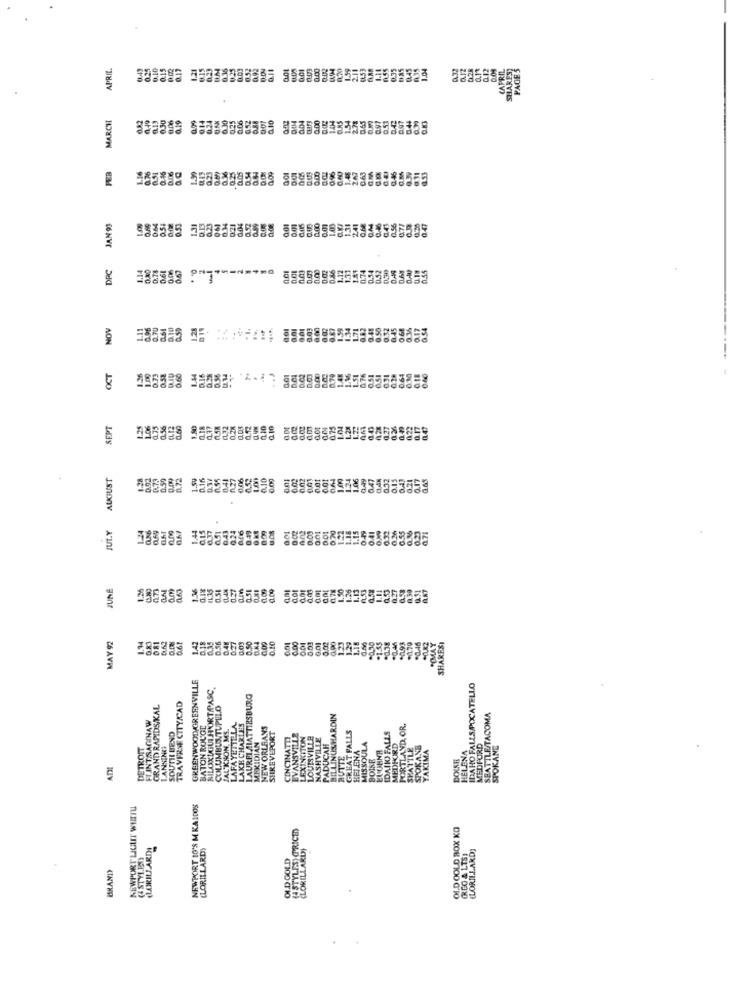
APRIL.
1.21
0.15
D.ON
001
0.02
2.11
1.04
0.17
MARCH
6.30
1.44
1.54
275
0.97
0.19
0.25
604
OURS
Q.83
0.54
PER
0.23
0.25
2
JAN9S
131
001
B85
DPC
0.75
0.06
0.67
0.01
0.55
NOV
1.28
--
ani
OCT
D7
0.58
0.60
0.56
0.02
0.76
ASI
031
064
SEPT
0.56
0.10
075
L28
0.27
AUGUST
0.02
0.39
0.72
1.50
1,16
841
0,06
0.10
6.01
Im
124
1.06
0.47
0.32
0.15
0.21
4
6.43
0.24
1.22
1.15
0.41
0.32
JULY
0.00
828.
JUNE
0.51
LAX
0.XI
dai
0.78
127
an
MAY 92
.1.55
061
1.42
0.56
0.27
0.03
0.50
O.KA
0.00
0.10
0,00
6.01
0.00
"IMAY
SHARESI
GREENWOOD GREENVILLE
MILOXIGUI HORT PASC
IDAHO FALLS POCATELLO
LAURELMIATTIESBURG
GRAND RAPIDS KAL
TRAVERSE CITY/CAD
COLUMBUS TUPLLO
FLINTSAGINAW
HILLINGSHARDIN
SEATTLE TACOMA
SOUTHBEND
BATON ROUGE
JAL'KHON. MS.
LAFAYETTELA
LAKE CHARLES
NEW ORLEANS
SHREVEPORT
RTLAND, OR.
CINCINATTI
ANSVILLE
VILLE
GREAT FALLS
DARIO FALLS
DETROIT
LANSING
MEXIDIAN
PADUCAH
HELENA
MISSOULA
REDFORD
HELENA
MEDFORD
SPOKANE
HUTTE
BOISE
Ant
NEWPORT LICIT WIRTU
NEWPORT 10'S M KAIDOS
(4 STYLES TRICE)
OI.D OOLD BOX KO
LORILJ ARDI
(LORILLARD)
(LORILLARD}
(LORILLARD]
(4 STYLET
OLD GOLD
(REG & LTS)
BRAND